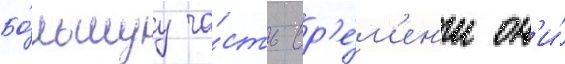
Бо́льшуу ча́сть вр'е́м'ен'и он'и́